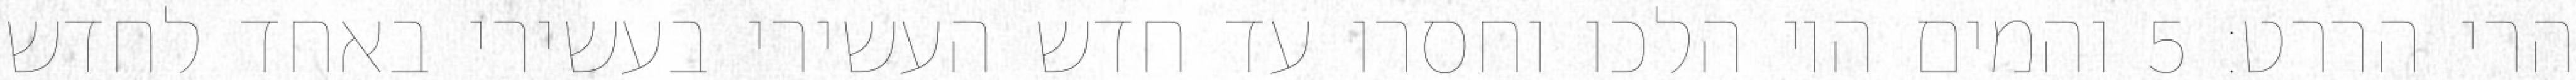
הרי הררט׃ ‎5‏ והמים היו הלכו וחסרו עד חדש העשירי בעשירי באחד לחדש